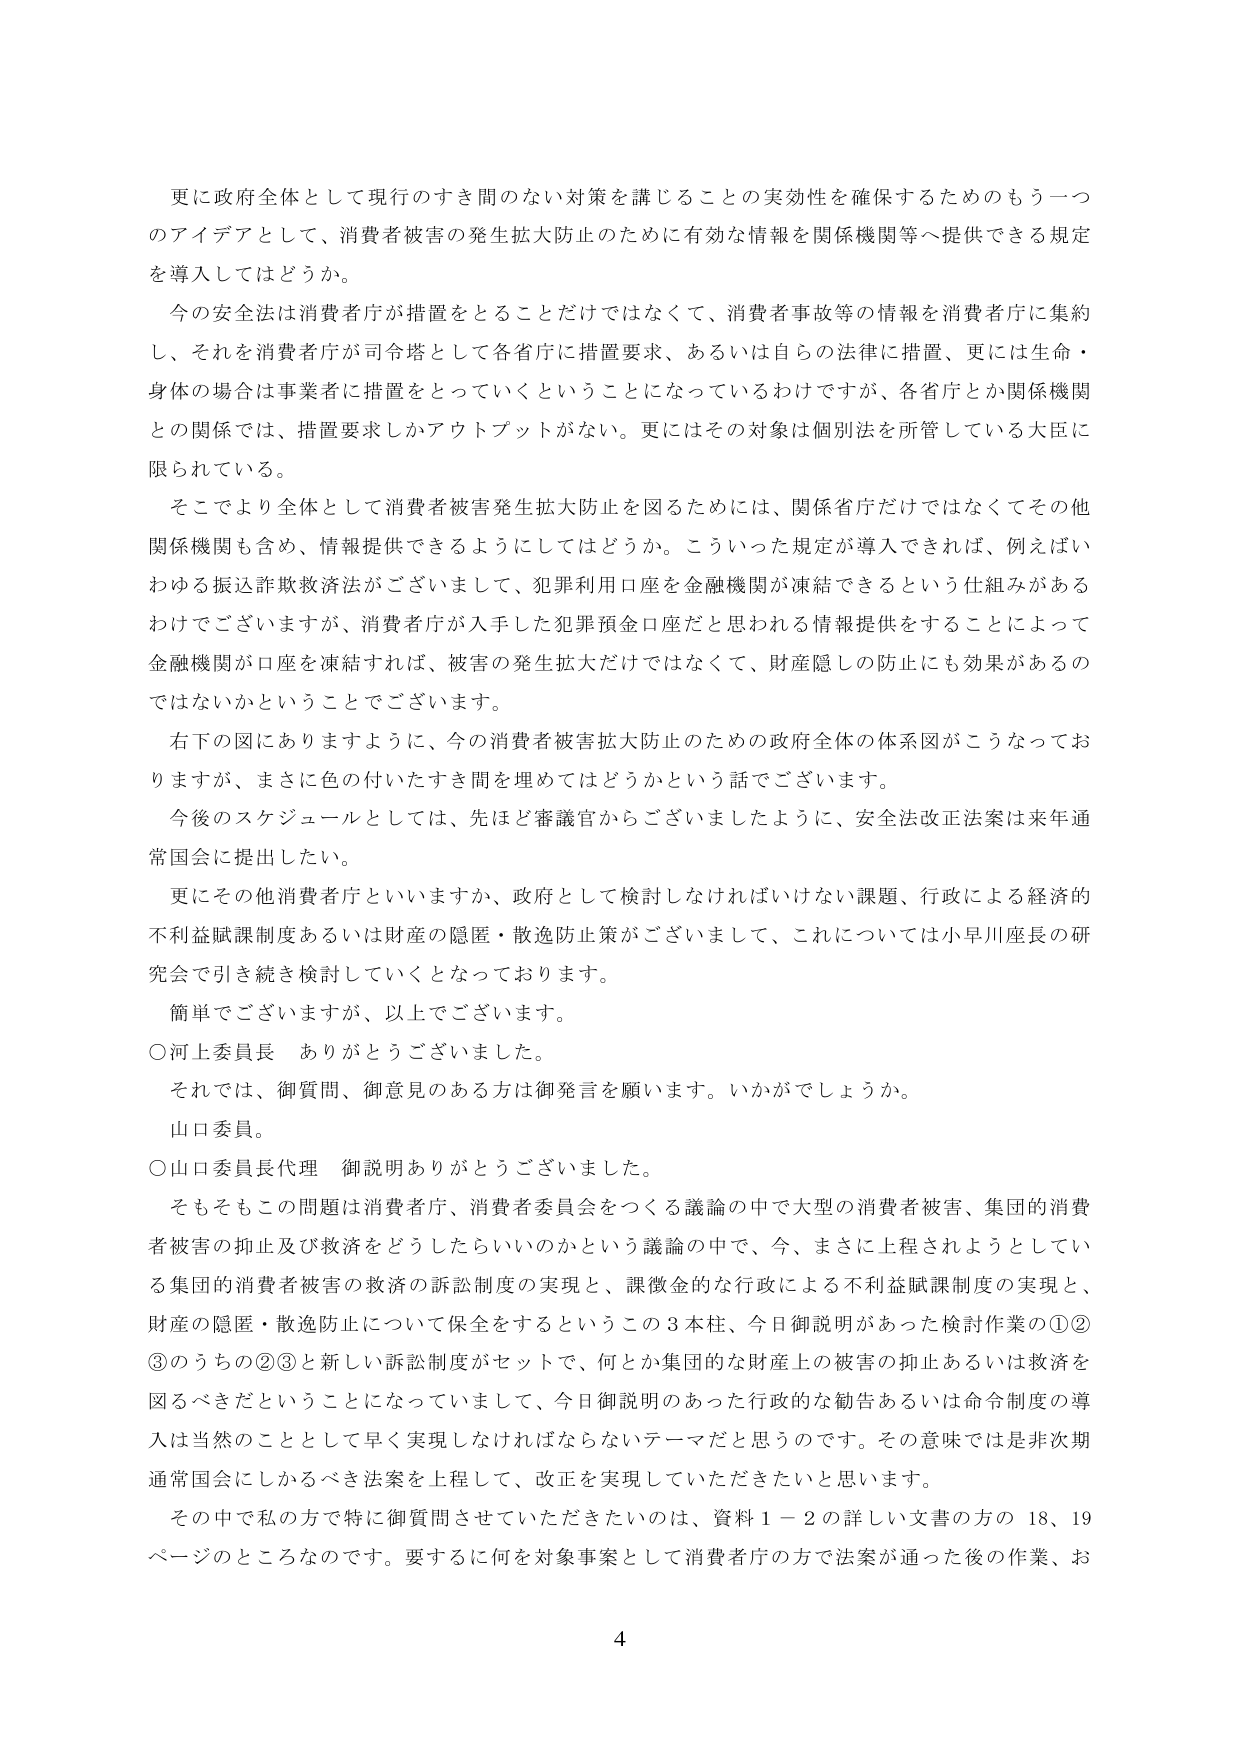
更に政府全体として現行のすき間のない対策を講じることの実効性を確保するためのもう一つのアイデアとして、消費者被害の発生拡大防止のために有効な情報を関係機関等へ提供できる規定を導入してはどうか。

今の安全法は消費者庁が措置をとることだけではなくて、消費者事故等の情報を消費者庁に集約し、それを消費者庁が司令塔として各省庁に措置要求、あるいは自らの法律に措置、更には生命・身体の場合には事業者に措置をとっていくということになっているわけですが、各省庁とか関係機関との関係では、措置要求しかアウトプットがない。更にはその対象は個別法を所管している大臣に限られている。

そこでより全体として消費者被害発生拡大防止を図るためには、関係省庁だけではなくてその他関係機関も含め、情報提供できるようにしてはどうか。こういった規定が導入できれば、例えばいわゆる振込詐欺救済法がございまして、犯罪利用口座を金融機関が凍結できるという仕組みがあるわけでございますが、消費者庁が入手した犯罪預金口座だと思われる情報提供をすることによって金融機関が口座を凍結すれば、被害の発生拡大だけではなくて、財産隠しの防止にも効果があるのではないかということでございます。

右下の図にありますように、今の消費者被害拡大防止のための政府全体の体系図がこうなっておりますが、まさに色の付いたすき間を埋めてはどうかという話でございます。

今後のスケジュールとしては、先ほど審議官からございましたように、安全法改正法案は来年通常国会に提出したい。

更にその他消費者庁といいますか、政府として検討しなければいけない課題、行政による経済的不利益賦課制度あるいは財産の隠匿・散逸防止策がございまして、これについては小早川座長の研究会で引き続き検討していくとなっております。

簡単でございますが、以上でございます。

○河上委員長　ありがとうございました。

それでは、御質問、御意見のある方は御発言を願います。いかがでしょうか。

山口委員。

○山口委員長代理　御説明ありがとうございました。

そもそもこの問題は消費者庁、消費者委員会をつくる議論の中で大型の消費者被害、集団的消費者被害の抑止及び救済をどうしたらいいのかという議論の中で、今、まさに上程されようとしている集団的消費者被害の救済的訴訟制度の実現と、課徴金的な行政による不利益賦課制度の実現と、財産の隠匿・散逸防止について保全をするというこの3本柱、今日御説明があった検討作業の①②③のうちの②③と新しい訴訟制度がセットで、何とか集団的な財産上の被害の抑止あるいは救済を図るべきだということになっていまして、今日御説明のあった行政的な勧告あるいは命令制度の導入は当然のこととして早く実現しなければならないテーマだと思うのです。その意味では是非次期通常国会にしかるべき法案を上程して、改正を実現していただきたいと思います。

その中で私の方で特に御質問させていただきたいのは、資料1－2の詳しい文書の方の18、19ページのところなのです。要するに何を対象事案として消費者庁の方で法案が通った後の作業、お

4